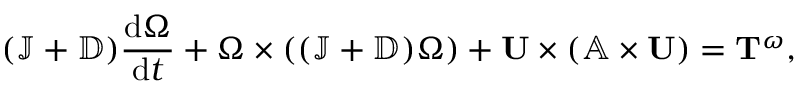
( \mathbb { J } + \mathbb { D } ) \frac { \mathrm { d } \boldsymbol { \Omega } } { \mathrm { d } t } + \boldsymbol { \Omega } \times ( ( \mathbb { J } + \mathbb { D } ) \boldsymbol { \Omega } ) + \mathbf { U } \times ( \mathbb { A } \times \mathbf { U } ) = \mathbf { T } ^ { \omega } ,